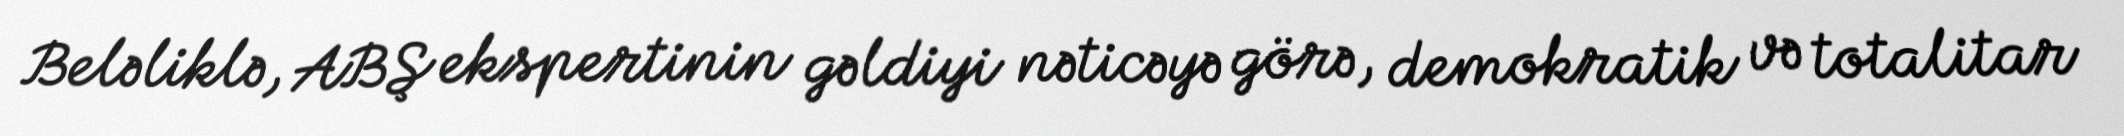
Beləliklə, ABŞ ekspertinin gəldiyi nəticəyə görə, demokratik və totalitar